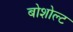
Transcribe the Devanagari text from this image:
बोशोल्ट